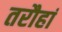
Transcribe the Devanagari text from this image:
तरौहां